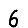
Digit: 6